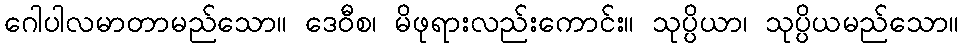
ဂေါပါလမာတာမည်သော။ ဒေဝီစ၊ မိဖုရားလည်းကောင်း။ သုပ္ပိယာ၊ သုပ္ပိယမည်သော။